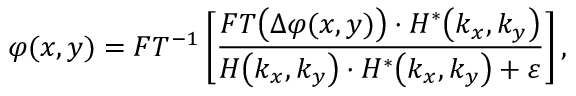
\varphi ( x , y ) = F T ^ { - 1 } \left[ \frac { F T \bigl ( \Delta \varphi ( x , y ) \bigr ) \cdot H ^ { * } \bigl ( k _ { x } , k _ { y } \bigr ) } { H \bigl ( k _ { x } , k _ { y } \bigr ) \cdot H ^ { * } \bigl ( k _ { x } , k _ { y } \bigr ) + \varepsilon } \right] ,